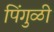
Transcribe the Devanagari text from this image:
पिंगुळी